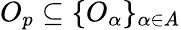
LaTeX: O_{p}\subseteq\{ O_{\alpha}\} _{\alpha\in A}